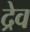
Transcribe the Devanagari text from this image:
द्रेव